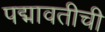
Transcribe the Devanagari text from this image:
पद्मावतीची